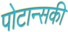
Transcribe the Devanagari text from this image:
पोटान्सकी